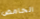
الحامض